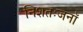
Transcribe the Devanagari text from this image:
निशतःजनॉ